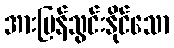
အားပြန်သွင်းနိုင်သော